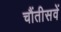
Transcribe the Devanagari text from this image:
चौंतीसवें